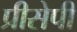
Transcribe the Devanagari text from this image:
प्रीसेपी